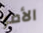
الأمر